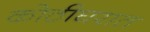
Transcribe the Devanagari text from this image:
कोठीघरात